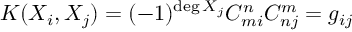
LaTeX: K ( X _ { i } , X _ { j } ) = ( - 1 ) ^ { \deg X _ { j } } C _ { m i } ^ { n } C _ { n j } ^ { m } = g _ { i j }